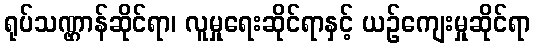
ရုပ်သဏ္ဌာန်ဆိုင်ရာ၊ လူမှုရေးဆိုင်ရာနှင့် ယဉ်ကျေးမှုဆိုင်ရာ